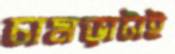
চামড়াটাই